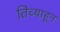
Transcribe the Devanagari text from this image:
तिच्याहून